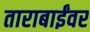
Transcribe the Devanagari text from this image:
ताराबाईंवर